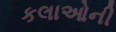
કલાઓની